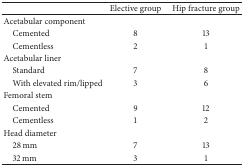
|  | Elective group | Hip fracture group |
 | --- | --- | --- |
 | Acetabular component |  |  |
 | Cemented | 8 | 13 |
 | Cementless | 2 | 1 |
 | Acetabular liner |  |  |
 | Standard | 7 | 8 |
 | With elevated rim/lipped | 3 | 6 |
 | Femoral stem |  |  |
 | Cemented | 9 | 12 |
 | Cementless | 1 | 2 |
 | Head diameter |  |  |
 | 28 mm | 7 | 13 |
 | 32 mm | 3 | 1 |